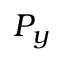
P _ { y }